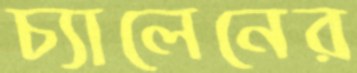
চ্যালেনের